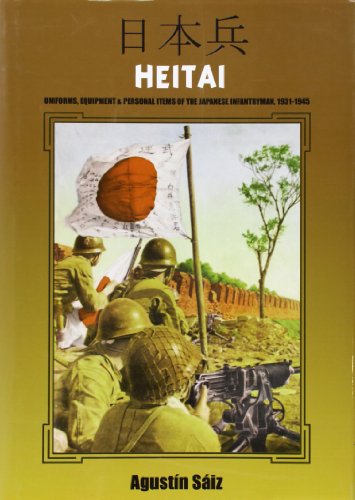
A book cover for HEITAI: Uniforms, Equipment and Personal Items of the Japanese Soldier, 1931-1945; Agustin Saiz; Crafts, Hobbies & Home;